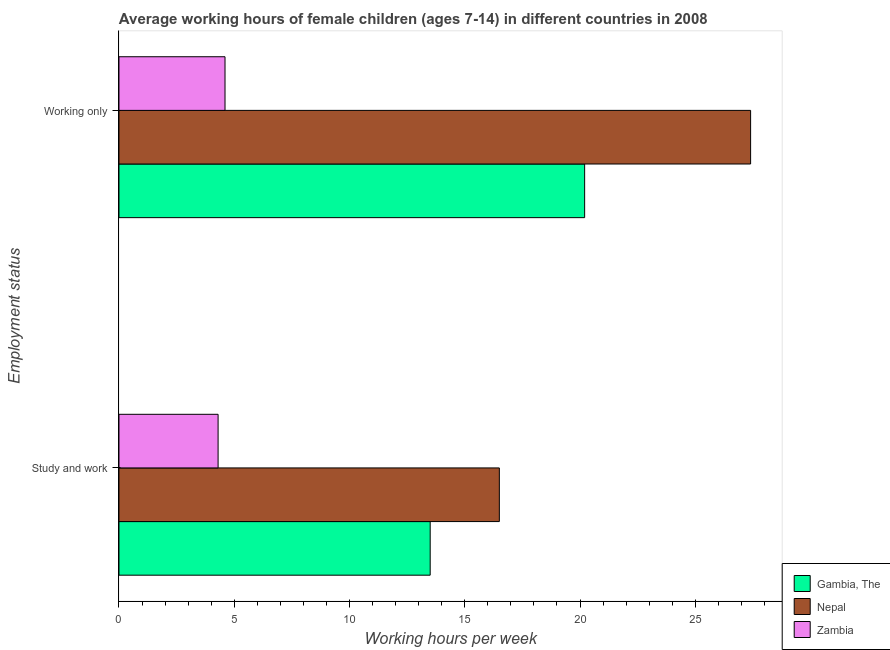
| Employment status | Gambia, The | Nepal | Zambia |
 | --- | --- | --- | --- |
 | Study and work | 13.5 | 16.5 | 4.3 |
 | Working only | 20.2 | 27.4 | 4.6 |